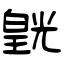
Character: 皝